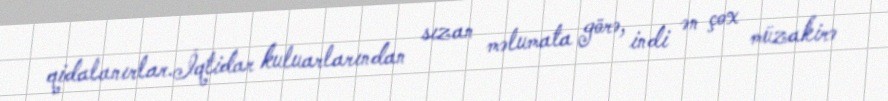
qidalanırlar.İqtidar kuluarlarından sızan məlumata görə, indi ən çox müzakirə